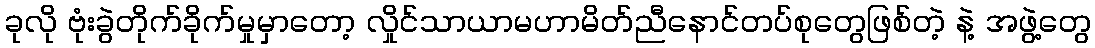
ခုလို ဗုံးခွဲတိုက်ခိုက်မှုမှာတော့ လှိုင်သာယာမဟာမိတ်ညီနောင်တပ်စုတွေဖြစ်တဲ့ နဲ့ အဖွဲ့တွေ